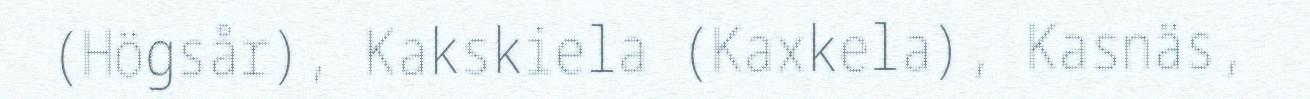
(Högsår), Kakskiela (Kaxkela), Kasnäs,